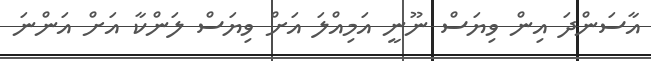
އާސަންދަ އިން ވިޔަސް ނޫނީ އަމިއްލަ އަށް ވިޔަސް ލަންކާ އަށް އަންނަ